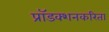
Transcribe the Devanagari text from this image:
प्रॉडक्शनकरिता